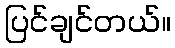
ပြင်ချင်တယ်။